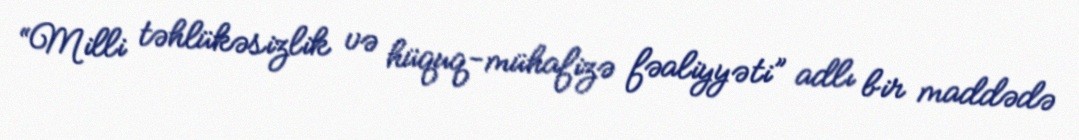
“Milli təhlükəsizlik və hüquq-mühafizə fəaliyyəti” adlı bir maddədə